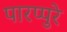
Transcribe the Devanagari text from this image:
पारप्पुरे